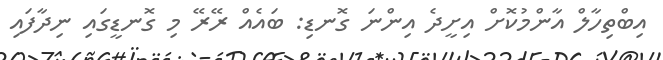
އިބްތިހާލް އާންމުކޮށް އިށީދެ އިންނަ ގޮނޑި: ބައެއް ރޭރޭ މި ގޮނޑީގައި ނިދާފައި